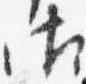
御